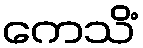
ကေသိံ